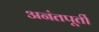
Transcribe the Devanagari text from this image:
अनंतपूर्ती